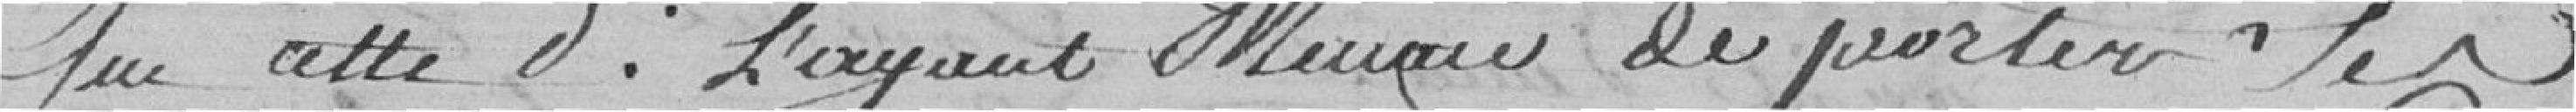
Que cette Veuve l'ayant menacé  de porter ses